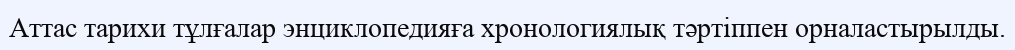
Аттас тарихи тұлғалар энциклопедияға хронологиялық тәртіппен орналастырылды.